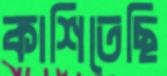
কাশিতেছি